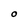
Character: O